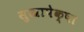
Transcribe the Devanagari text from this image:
सुखापेक्षा